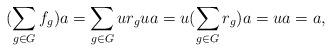
LaTeX: \begin{align*}(\sum_{g\in G}f_g)a=\sum_{g\in G}ur_gua=u(\sum_{g\in G}r_g)a=ua=a, \end{align*}